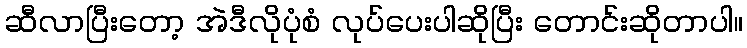
ဆီလာပြီးတော့ အဲဒီလိုပုံစံ လုပ်ပေးပါဆိုပြီး တောင်းဆိုတာပါ။